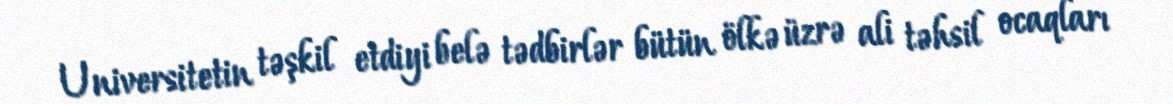
Universitetin təşkil etdiyi belə tədbirlər bütün ölkə üzrə ali təhsil ocaqları